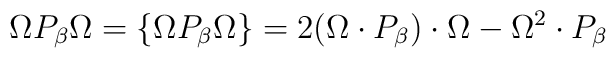
\Omega P_\beta\Omega=\{\Omega P_\beta\Omega\}=2(\Omega\cdot P_\beta)\cdot \Omega-\Omega^{2}\cdot P_\beta